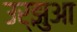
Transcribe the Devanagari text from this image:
उर्झुआ